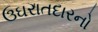
ઉઘરાતદારનો